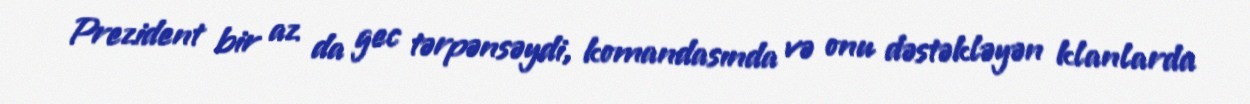
Prezident bir az da gec tərpənsəydi, komandasında və onu dəstəkləyən klanlarda